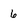
Character: 6